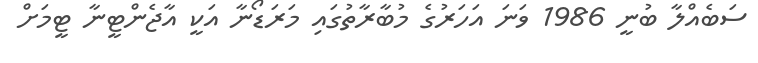
ސަބެއްލާ ބުނީ 1986 ވަނަ އަހަރުގެ މުބާރާތުގައި މަރަޑޯނާ އަކީ އާޖެންޓީނާ ޓީމަށް